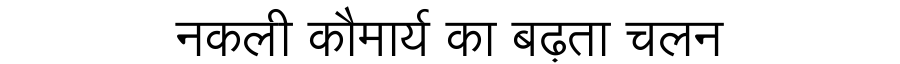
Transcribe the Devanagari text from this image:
नकली कौमार्य का बढ़ता चलन